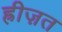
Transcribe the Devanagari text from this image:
ह्रीज़त